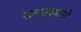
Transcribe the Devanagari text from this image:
समप्रकारों